Annual administration report of the Civil Veterinary Department of India - 1898-1899
Year: 1898
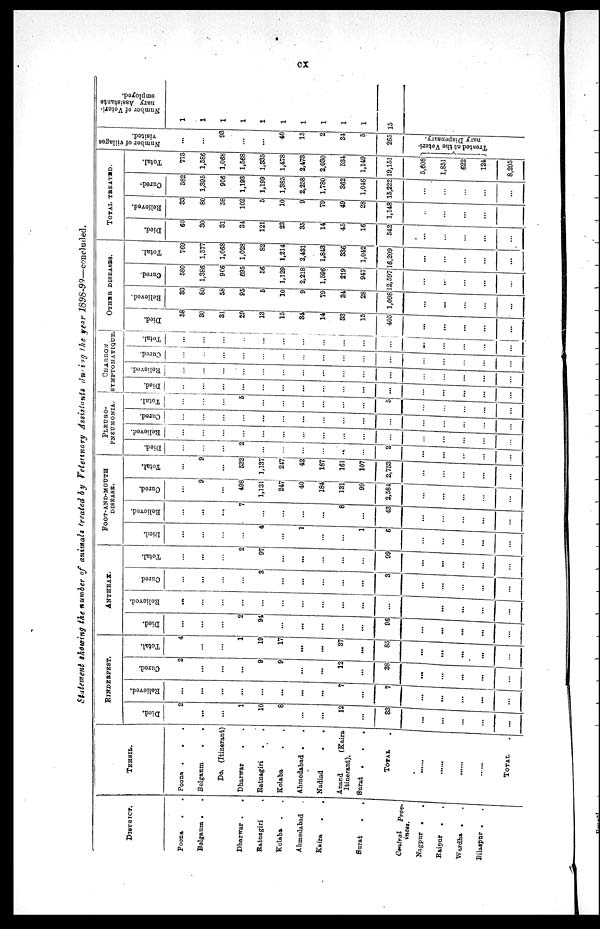
cx
Statement showing the number of animals treated by Veterinary Assistants during the year 1898-99—concluded.
DISTRICT.
Poona . .
Bolgaum . .
Dharwar .
.
Ratnagiri .
Kolaba . .
Ahmedabad .
Kaira
. .
Surat
.
.
Central Prov¬
inces.
Nagpur . .
Raipur . .
Wardha . .
Bilaspur . .
TEHSIL.
Poona .
.
.
Balgaum
.
.
Do. (Itinerant)
Dharwar . .
Ratnagiri
. .
Kolaba . .
Ahmedabad . .
Nadiad
.
.
Anand
(Kaira
Itinerant).
Surat . . .
TOTAL .
......
TOTAL .
RINDERPEST.
Died.
2
...
...
1
10
8
...
...
12
...
33
...
...
...
...
...
Relieved.
...
...
...
...
...
...
...
...
7
...
7
...
...
...
...
...
Cured.
2
...
...
...
9
9
...
...
12
...
38
...
...
...
...
...
Total.
4
...
...
1
19
17
...
...
37
...
85
...
...
...
...
...
ANTHRAX.
Died.
...
...
...
2
94
...
...
...
...
...
96
...
...
...
...
. . .
Relieved.
...
...
...
...
...
...
...
...
...
...
...
...
...
...
...
...
Cured.
...
...
...
...
3
...
...
...
...
...
3
...
...
...
...
...
Total.
...
...
...
2
97
...
...
...
...
...
99
...
...
...
...
...
FOOT-AND-MOUTH
DISEASE.
Died.
...
...
...
...
4
...
1
...
...
1
6
...
...
...
...
...
Relieved.
...
...
...
7
...
...
...
...
8
...
43
...
...
...
...
...
Cured.
...
9
...
498
1,131
247
40
184
131
99
2,584
...
. . .
...
...
...
Total.
...
9
...
532
1,137
247
42
187
161
107
2,753
...
...
...
...
...
PLEURO-
PNEUMONIA.
Died.
...
...
...
2
...
...
...
...
...
...
2
...
...
...
...
...
Relieved.
...
...
...
...
...
...
...
...
...
...
...
...
...
...
...
...
Cured.
...
...
...
...
...
...
...
...
...
...
...
...
...
Total.
...
...
...
5
...
...
...
...
...
...
5
...
...
...
...
...
CHARBON
STMPTOMATIQUE.
Died.
...
...
...
...
...
...
...
...
...
...
...
...
...
...
...
...
Relieved.
...
...
...
...
...
...
...
...
...
...
...
...
...
...
...
Cured.
...
...
...
...
...
...
...
...
...
...
...
...
...
...
...
...
Total.
...
...
...
...
...
...
...
...
...
...
...
...
...
...
...
OTHER DISEASES.
Died.
5
30
31
29
13
15
34
14
33
15
405
...
...
...
...
...
Relieved.
33
80
58
95
5
10
9
79
34
28
1,098
...
...
...
...
...
Cured.
580
1,386
906
695
56
1,129
2,218
1,596
219
947
12,597
...
...
...
...
...
Total.
769
1,577
1,068
1,028
82
1,214
2,431
1,843
336
1,042
16,209
...
...
...
...
...
TOTAL TREATED.
Died.
60
30
31
34
121
23
35
14
45
16
542
...
...
...
...
...
Relieved.
33
80
58
102
5
10
9
79
49
28
1,148
...
...
...
...
...
Cured-
582
1,395
906
1,193
1,199
1,385
2,258
1,780
362
1,046
15,222
...
...
...
...
...
Total.
773
1,586
1,068
1,568
1,335
1,478
2,473
2,030
534
1,149
19,151
5,608
1,851
622
124
8,205
Number of villages
visited.
...
...
93
...
...
40
15
2
34
5
265
Treated at the Veteri-
nary Dispensary.
Number of Veteri-
nary Assistants
employed.
1
1
1
1
1
1
1
1
1
1
15